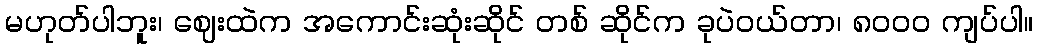
မဟုတ်ပါဘူး၊ ဈေးထဲက အကောင်းဆုံးဆိုင် တစ် ဆိုင်က ခုပဲဝယ်တာ၊ ၈၀၀၀ ကျပ်ပါ။